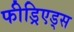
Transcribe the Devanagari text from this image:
फीड्रिएड्स